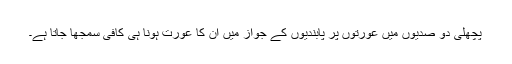
پچھلی دو صدیوں میں عورتوں پر پابندیوں کے جواز میں ان کا عورت ہونا ہی کافی سمجھا جاتا ہے۔